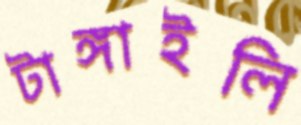
টাঙ্গাইলি